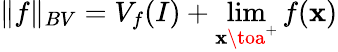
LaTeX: \| f\| _{BV}=V_{f}(I)+\lim_{\mathbf{x}\toa^{+}}f(\mathbf{x})